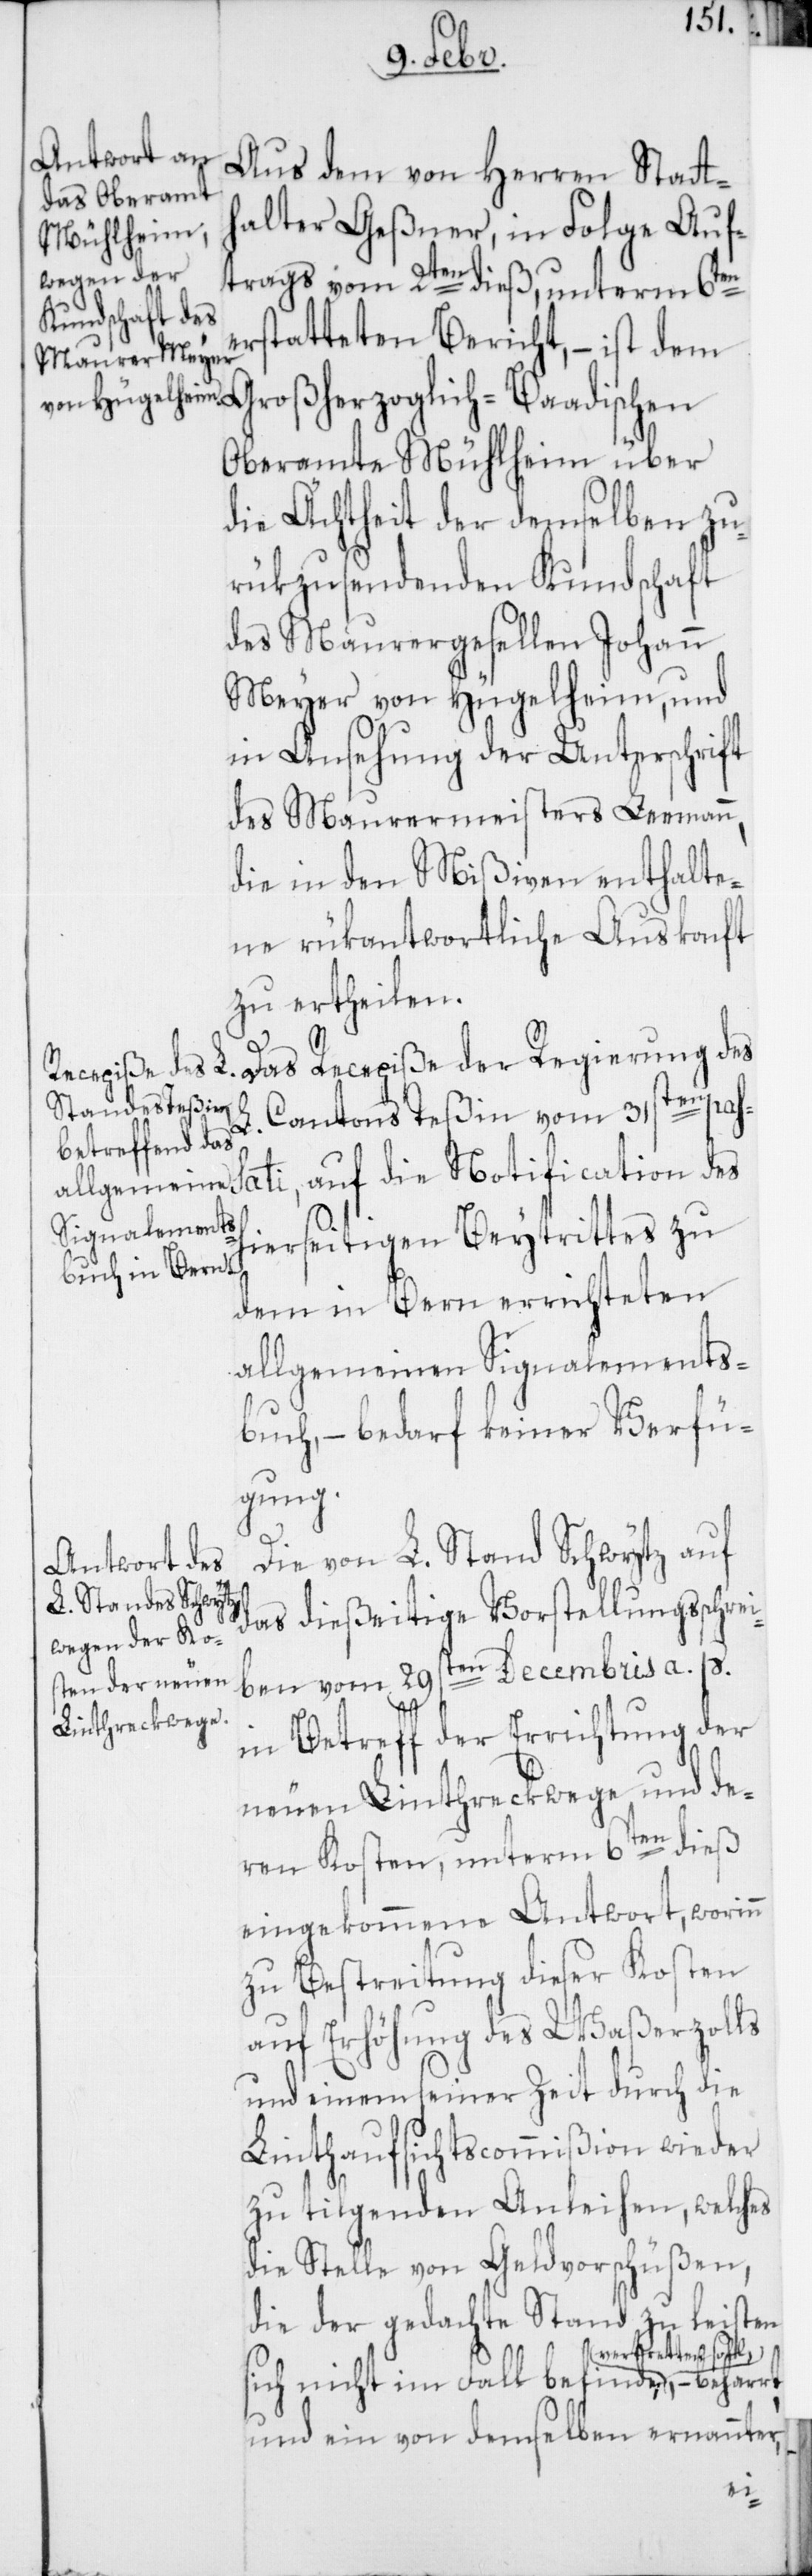
Aus dem von Herren Statth¬
alter Geßner, in Folge Auf¬
trags vom 2ten dieß, unterm 6ten
erstatteten Bericht, – ist dem
Großherzoglich-Baadischen
Oberamte Mühlheim über
die Ächtheit der demselben zu¬
rükzusendenden Kundschaft
des Maurergesellen Johann
Meyer von Hügelheim, und
in Ansehung der Unterschrift
des Maurermeisters Lehmann,
die in den Mißiven enthalte¬
ne rükantwortliche Auskonft
zu ertheilen.
s¬
Das Recepiße der Regierung des
Cantons Teßin vom 31sten pas¬
ati, auf die Notification des
hierseitigen Beytrittes zu
dem in Bern errichteten
allgemeinen Signalements¬
buch, – bedarf keiner Verfü¬
gung.
L. Stand Schwytz
das dießeitige Vorstellungsschr¬
ben vom 29sten Decembris a. p.
in Betreff der Errichtung der
neuen Linthreckwege und de¬
ren Kosten, unterm 6ten dieß
eingekommene Antwort, worinn
zu Bestreitung dieser Kosten
auf Erhöhung des Waßerzolls
und einem seiner Zeit durch die
Linthaufssichtscommißion wieder
zu tilgenden Anleihen, welches
die Stelle von Geldvorschüßen,
die der gedachte Stand zu leisten
tretten soll,
sich nicht im Fall befinde, ver¬
und ein von demselben ernannter,
ei¬

–